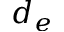
d _ { e }